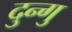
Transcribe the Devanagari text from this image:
दुन्गु